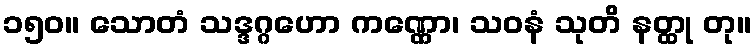
၁၅၀။ သောတံ သဒ္ဒဂ္ဂဟော ကဏ္ဏော၊ သဝနံ သုတိ နတ္ထု တု။